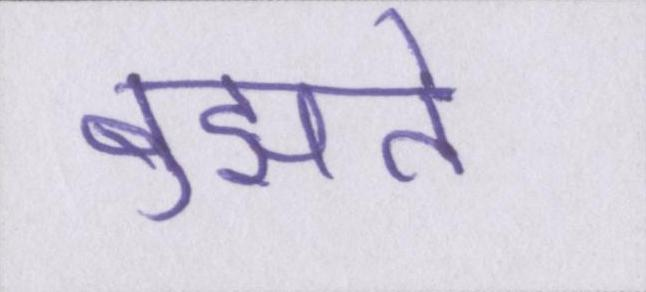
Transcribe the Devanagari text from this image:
बुझते